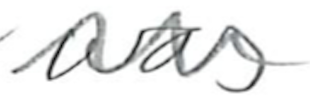
Text: was
Cross-out: wave
Writing tool: pencil